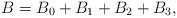
LaTeX: \begin{align*}B=B_0+B_1+B_2+B_3,\end{align*}